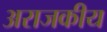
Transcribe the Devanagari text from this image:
अराजकीय